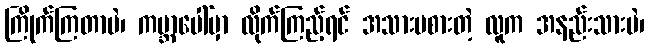
ကြိုက်ကြတာပဲ၊ ကမ္ဘာပေါ်မှာ လိုက်ကြည့်ရင် အသားမစားတဲ့ လူက အနည်းသားပဲ၊